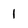
Character: 1